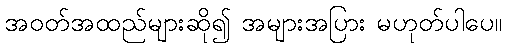
အဝတ်အထည်များဆို၍ အများအပြား မဟုတ်ပါပေ။